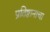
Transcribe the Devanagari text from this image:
प्रतिष्ठानाचा